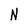
Character: N